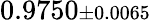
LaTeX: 0.9750{\scriptstyle\pm 0.0065}